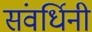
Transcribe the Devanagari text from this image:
संवर्धिनी